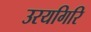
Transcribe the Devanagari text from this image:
उरयगिरि